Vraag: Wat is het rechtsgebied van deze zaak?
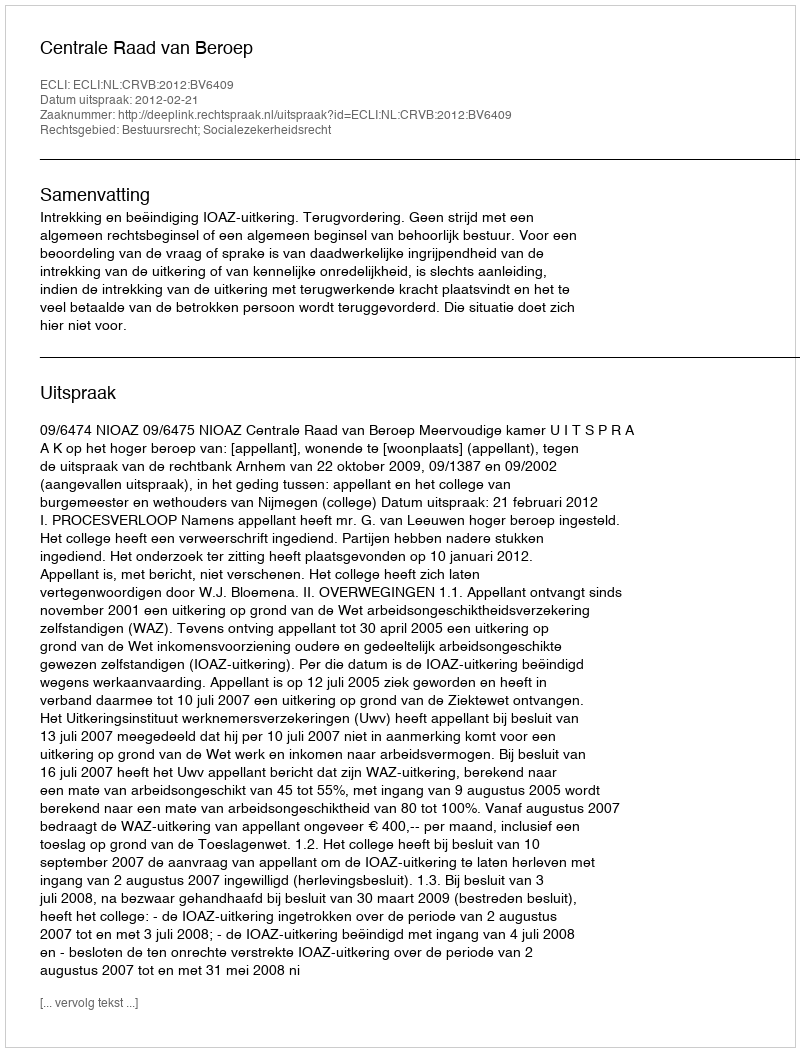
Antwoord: Bestuursrecht; Socialezekerheidsrecht